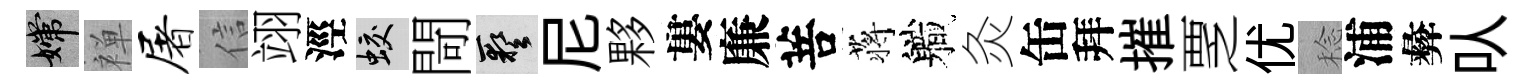
嫦禅屠信翊涇蛟閜藝尼夥婁廉菩蒋軄灸缶拜摧覂优稔浦彜㕥